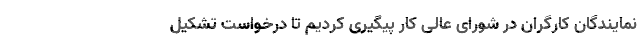
نمایندگان کارگران در شورای عالی کار پیگیری کردیم تا درخواست تشکیل